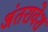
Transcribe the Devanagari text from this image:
अंतरावेश